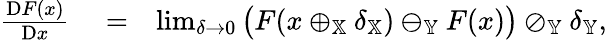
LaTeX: \begin{array}{rlr}{\frac{\mathrm{D}F(x)}{\mathrm{D}x}}&{{}=}&{\operatorname*{lim}_{\delta\to 0}\big(F(x\oplus_{\mathbb{X}}\delta_{\mathbb{X}})\ominus_{\mathbb{Y}}F(x)\big)\oslash_{\mathbb{Y}}\delta_{\mathbb{Y}},}\end{array}